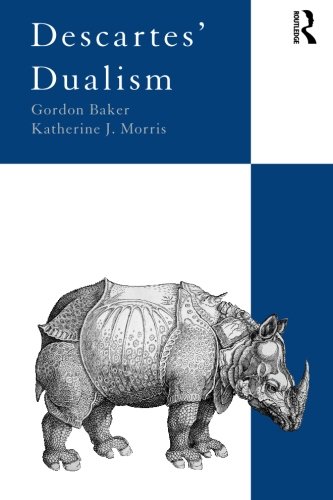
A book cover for Descartes' Dualism; Gordon Baker; Politics & Social Sciences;